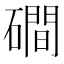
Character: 磵